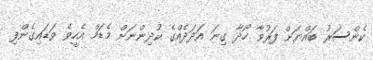
ކެންސަރު ބައްޔަށް ފަރުވާ ހޯދާ ގިނަ އަދަދެއްގެ ކުދިންނަށް މެޑަމް އެހީވެ ވަޑައިގެންފި